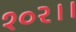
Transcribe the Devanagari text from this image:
१०२।।